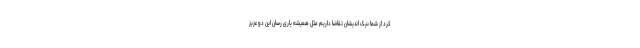
کرد از شما نیک اندیشان تقاضا داریم مثل همیشه یاری رسان این دو عزیز